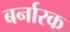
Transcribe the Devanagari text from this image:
बर्नारक